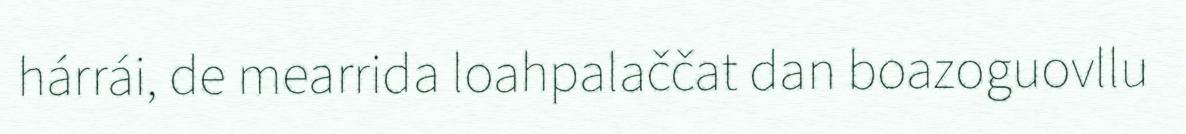
hárrái, de mearrida loahpalaččat dan boazoguovllu